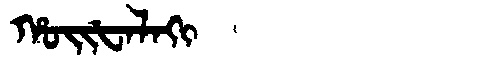
Manchu: ᡥᠣᡳᡶᠠᠯᠠᡴᡳ
Romanization: HOIFALAKI